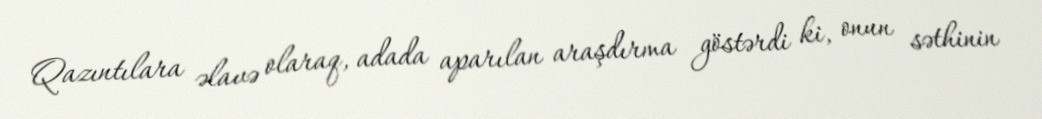
Qazıntılara əlavə olaraq, adada aparılan araşdırma göstərdi ki, onun səthinin